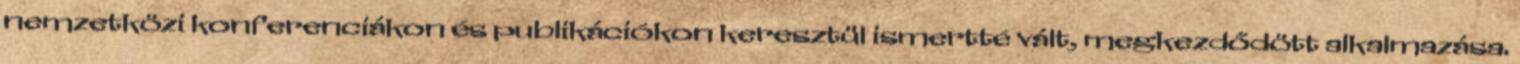
nemzetközi konferenciákon és publikációkon keresztül ismertté vált, megkezdődött alkalmazása.